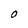
Character: O